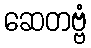
ဆေတဗ္ဗံ